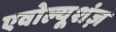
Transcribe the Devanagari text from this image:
एवोल्यूशंज़